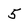
Character: 5